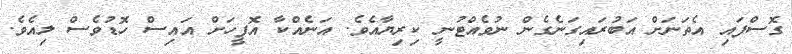
ގޮސްފައި އެތަނަށް އަބުރައިގަނެގެން ނުވެއްޓުނީ ކިރިޔާއެވެ. އަނެއްކާ އޮފީހަށް އައިސް ހޮޑުވެސް ލިއެވެ.